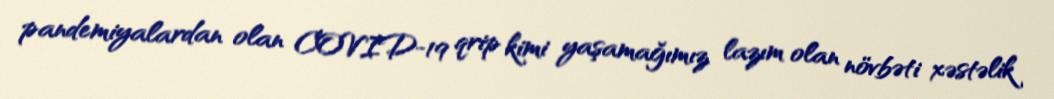
pandemiyalardan olan COVID-19 qrip kimi yaşamağımız lazım olan növbəti xəstəlik